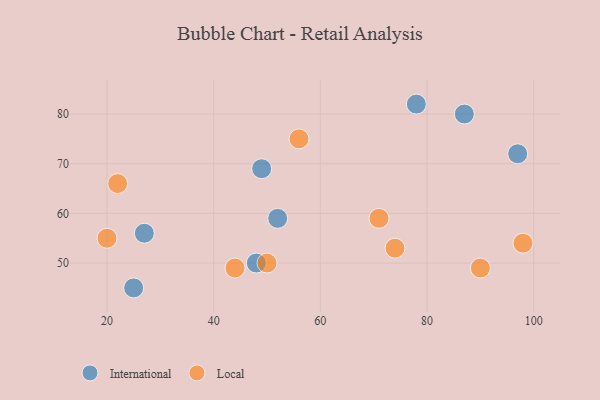
{"axis": {"x": "GDP", "y": "Life Expectancy"}, "legend": ["International", "Local"], "data": [{"x": "25", "y": 45, "type": "International"}, {"x": "97", "y": 72, "type": "International"}, {"x": "78", "y": 82, "type": "International"}, {"x": "52", "y": 59, "type": "International"}, {"x": "27", "y": 56, "type": "International"}, {"x": "49", "y": 69, "type": "International"}, {"x": "87", "y": 80, "type": "International"}, {"x": "48", "y": 50, "type": "International"}, {"x": "90", "y": 49, "type": "Local"}, {"x": "44", "y": 49, "type": "Local"}, {"x": "71", "y": 59, "type": "Local"}, {"x": "98", "y": 54, "type": "Local"}, {"x": "74", "y": 53, "type": "Local"}, {"x": "22", "y": 66, "type": "Local"}, {"x": "56", "y": 75, "type": "Local"}, {"x": "50", "y": 50, "type": "Local"}, {"x": "20", "y": 55, "type": "Local"}]}